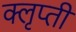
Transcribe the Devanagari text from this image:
क्लृप्ती